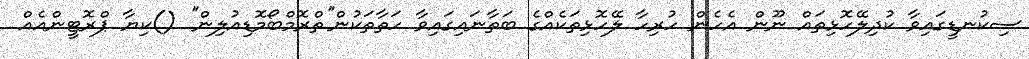
ސިކުނޑީގައިވާ ކުދިލޭހޮޅިތައް ނޫން އެހެން ހުރިހާ ލޭހޮޅިތަކެއްގެ ބަތާނައިގައިވާ ހަތާތަކުން''ތްރޮމްބޯމޮޑިއުލިން'' ()ކިޔާ ޕްރޮޓީންއެއް